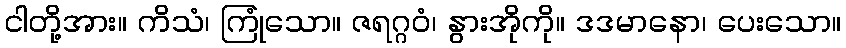
ငါတို့အား။ ကိသံ၊ ကြုံသော။ ဇရဂ္ဂဝံ၊ နွားအိုကို။ ဒဒမာနော၊ ပေးသော။